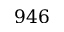
9 4 6